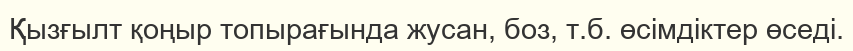
Қызғылт қоңыр топырағында жусан, боз, т.б. өсімдіктер өседі.